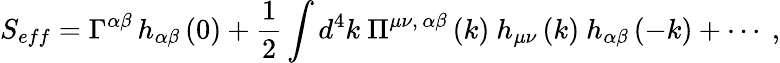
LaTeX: S_{eff}=\Gamma^{\alpha\beta}\, h_{\alpha\beta}\left(0\right)+\frac 12\int d^{4}k\ \Pi^{\mu\nu,\, \alpha\beta}\left(k\right)\ h_{\mu\nu}\left(k\right)\ h_{\alpha\beta}\left(-k\right)+\cdots\ ,